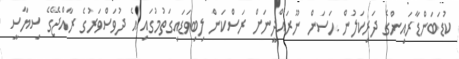
ކުޑަބަންޑާރައިންގެ ދަރިކަލުން ޙަސަން ނޫރައްދީނަށް ރަސްކަން ލިބިވަޑައިގަތުމުގައި އެ ދުވަސްވަރުގެ ރާއްޖޭގެ ސިޔާސީ